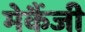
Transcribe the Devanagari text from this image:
मेकैंजी